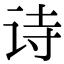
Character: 诗